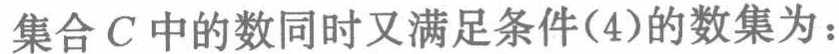
集合\(C\)中的数同时又满足条件(4)的数集为：